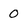
Character: o